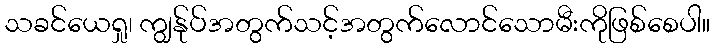
သခင်ယေရှု၊ ကျွန်ုပ်အတွက်သင့်အတွက်လောင်သောမီးကိုဖြစ်စေပါ။